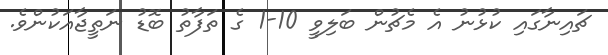
ޗައިނާގައި ކުޅުނު އެ މެޗުން ބަލިވީ 10-1 ގެ ތަފާތު ބޮޑު ނަތީޖާއަކުންވެ.